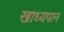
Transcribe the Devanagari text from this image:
खाध्यपान